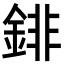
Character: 䤵